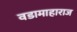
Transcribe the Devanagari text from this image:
वडामाहाराज